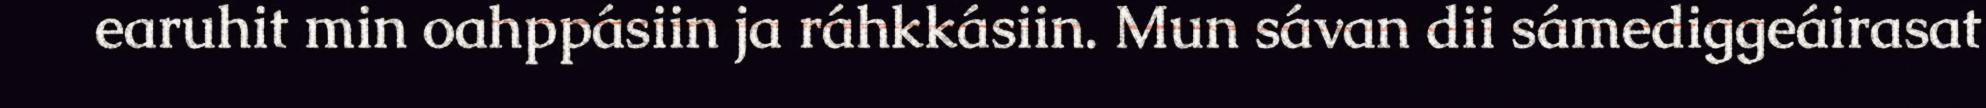
earuhit min oahppásiin ja ráhkkásiin. Mun sávan dii sámediggeáirasat